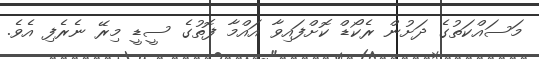
މަސައްކަތުގެ ދަށުން ރެކޯޑް ކޮށްފައިވާ އައްމާ ފޮތުގެ ސީޑީ މިރޭ ނެރެފި އެވެ.